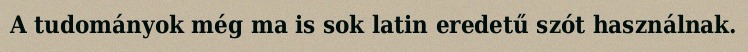
A tudományok még ma is sok latin eredetű szót használnak.